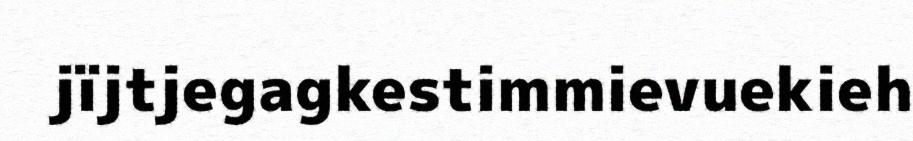
jïjtjegagkestimmievuekieh